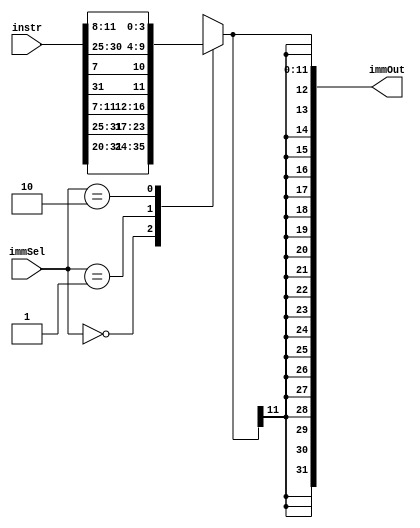
// Immediate data generation by selection and sign extension from 12 to 32 bits
module immGen (
  input wire [31:0] instr,
  input wire [1:0] immSel, 
  output wire [31:0] immOut
);

reg [11:0] imm;

localparam [2:0] I_type = 2'b00, S_type = 2'b01, B_type = 2'b10;

always @(*)
  begin
    case(immSel)
      I_type: 
        imm = instr[31:20];

      S_type: 
        imm = {instr[31:25],instr[11:7]};

      B_type: 
        imm = {instr[31],instr[7],instr[30:25],instr[11:8]};

      default: 
        imm = 12'bx;
        
    endcase
  end

assign immOut = {{20{imm[11]}}, imm[11:0]};

endmodule